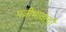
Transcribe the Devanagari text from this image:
पत्नीभावाची